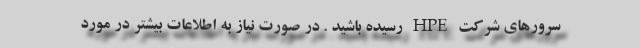
سرورهای شرکت HPE رسیده باشید . در صورت نیاز به اطلاعات بیشتر در مورد